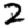
Digit: 2